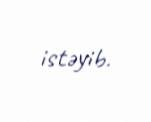
istəyib.